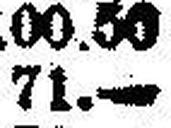
71.—